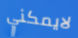
لايمكني